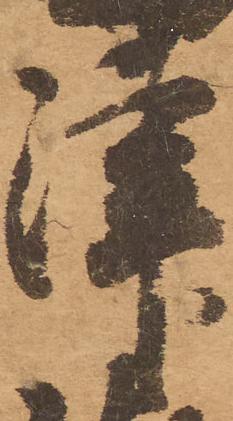
津